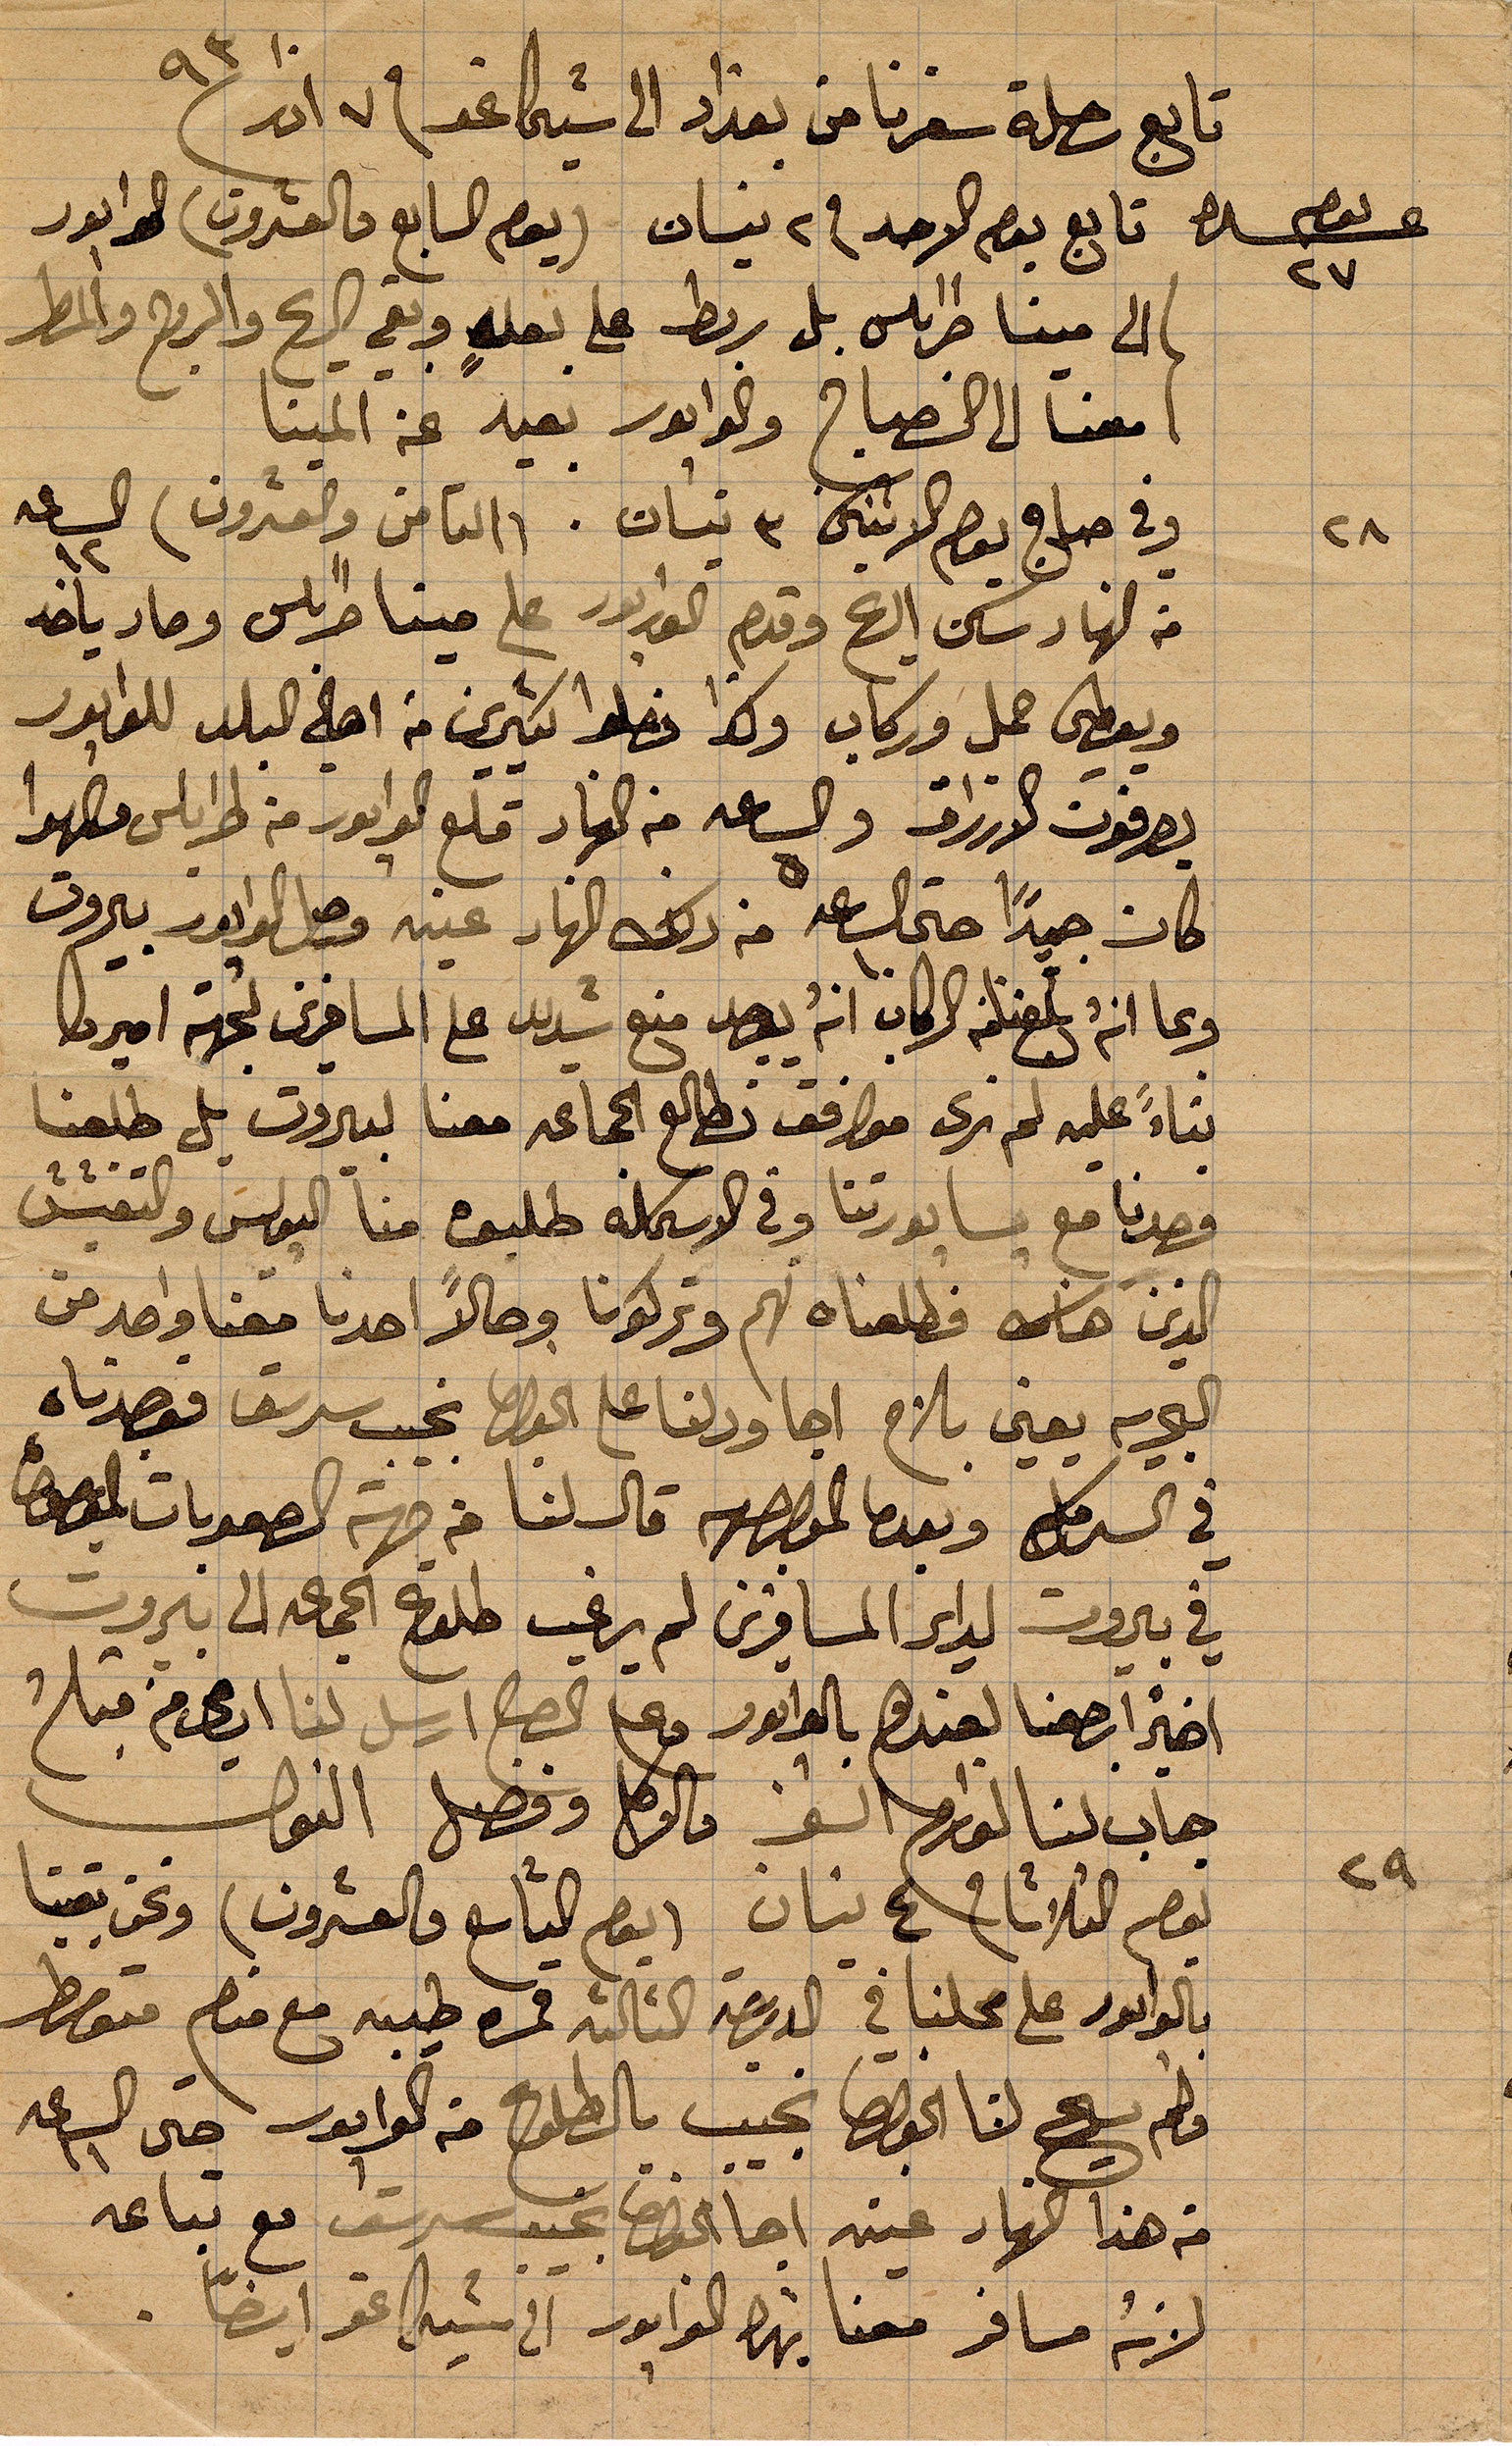
تابع رحلة سفرنا من بغداد الى شيكاغو في ٧ اذار ١٨٩٣
يوم عشرة تابع بوم الاحد في ٢ نيسان (يوم السابع والعشرون) ...
الى مينا طرابلس بل ربط على بغله وبقي الريح والروح والمطر
فقمنا الى الصباح وكوانور بعيد عن المينا
وفي صباح يوم الاقنين ٣ نيسان (الثامن والعشرون) الساعة ١٢
من النهار وسكن الريح وقدم ال...على مينا طرابلس وصار يأخذ
ويعطي حمل وركاب وكذا فصلو كثيرين من اهل البلد للدابور
يصرفون الارزاق والساعة من النهار قلع الدابور من طرابلس مصهرًا
كان جيدًا حتى الساعة ١٠ من ذلك النهار عينه وصل الدابور بيروت
بما انه بلغنا من الركاب انه يوجد منع شديد على المسافرين لجهة اميركا
بناءً عليه لم نرى مواقف تطالع الجماعة معنا لبيروت بل طلعنا
وحدنا مع سابورتنا وفي الاسكلة طلبوه منا البوليس والتفتيش
الذين هناك فطلعناه لهم وتركونا وحالًا احدنا معنا واحد من
البحرية يعني بلاح اجا ودلنا على الخوري نجيب سرسق قصدناه
في ال.... وبعدما ... قال لنا من جهة الصعوبات ...
في بيروت لداء المسافرين لم يرغب طلوع الجماعة الى بيروت
اخيرًا رجعنا لعندهم بال...وعند الصبح ارسل لنا ...
جاب لنا الورق ...مالوكل وفضل ...
يوم الثلثا في ٤ نيسان (يم التاسع والعشرون) ونحن بقينا
بالواتور على محلنا في الدرجة الثالثة قمرة طيبة مع منهم ...
ولم يسمح لنا الخوري نجيب بالطلوع في ال...حتى الساعة ١١
من هذا النهار عينه اجا الخوري نجيب سرسق مع تباعه
لانه مسافر معنا بهذا ال... الى شيكاغو ايضًا